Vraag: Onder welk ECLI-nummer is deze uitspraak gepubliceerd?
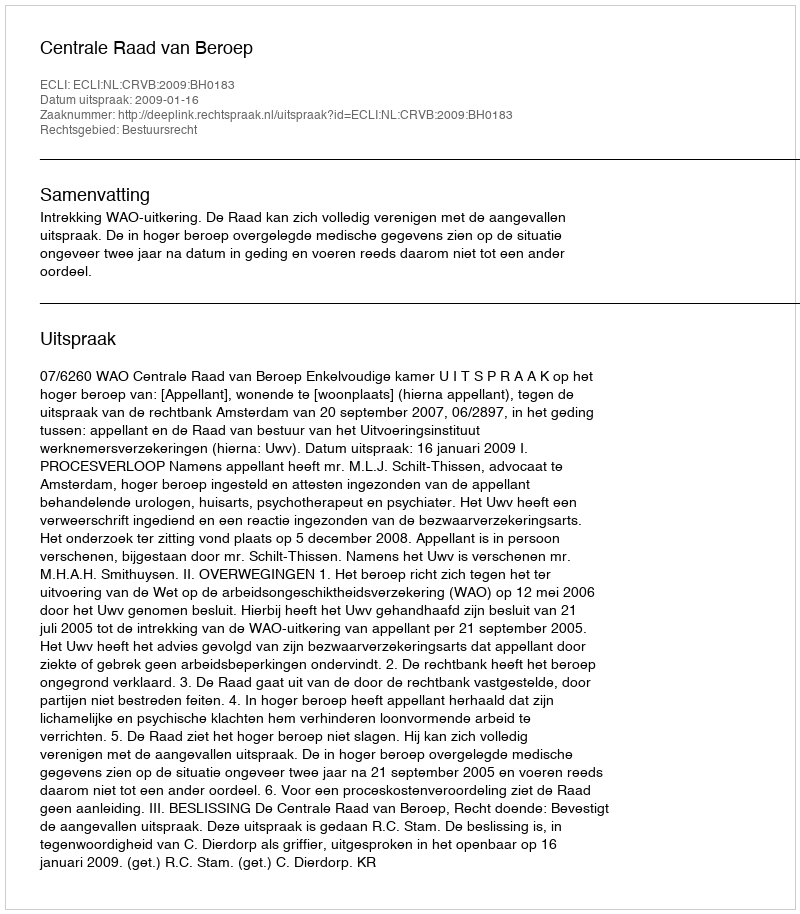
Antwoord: ECLI:NL:CRVB:2009:BH0183